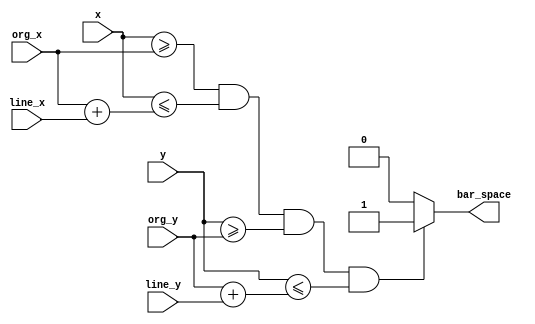
module bar_big(
input [11:0]x,
input [11:0]y,

input [11:0]org_x,
input [11:0]org_y,
input [11:0]line_x,
input [11:0]line_y,
output bar_space
);

assign bar_space=(
(x>=org_x) && (x<=(org_x+line_x)) &&
(y>=org_y) && (y<=(org_y+line_y)) 
)?1:0;


endmodule